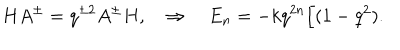
H A ^ { \pm } = q ^ { \pm 2 } A ^ { \pm } H , \quad \Rightarrow \quad E _ { n } = - k q ^ { 2 n } / ( 1 - q ^ { 2 } ) .